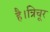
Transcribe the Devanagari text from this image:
है।त्रिचूर